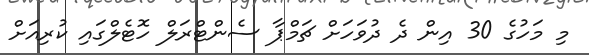
މި މަހުގެ 30 އިން ދެ ދުވަހަށް ޗަމްޕާ ސެންޓްރަލް ހޮޓެލްގައި ކުރިއަށް